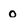
Character: O